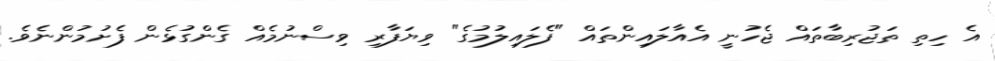
އެ ހިތި ތަޖުރިބާތައް ޖެހުނީ އެއާލައިންތައް "ފެލައިލުމުގެ" ވިޔަފާރި ވިސްނުމެއް ގެންގުޅެން ފެށުމުންނެވެ.